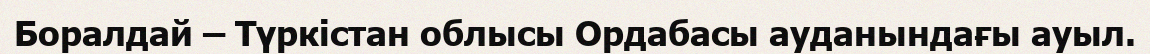
Боралдай – Түркістан облысы Ордабасы ауданындағы ауыл.